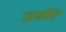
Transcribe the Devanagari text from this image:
ज़खीरे